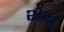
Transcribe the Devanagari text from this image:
शेय्र्र